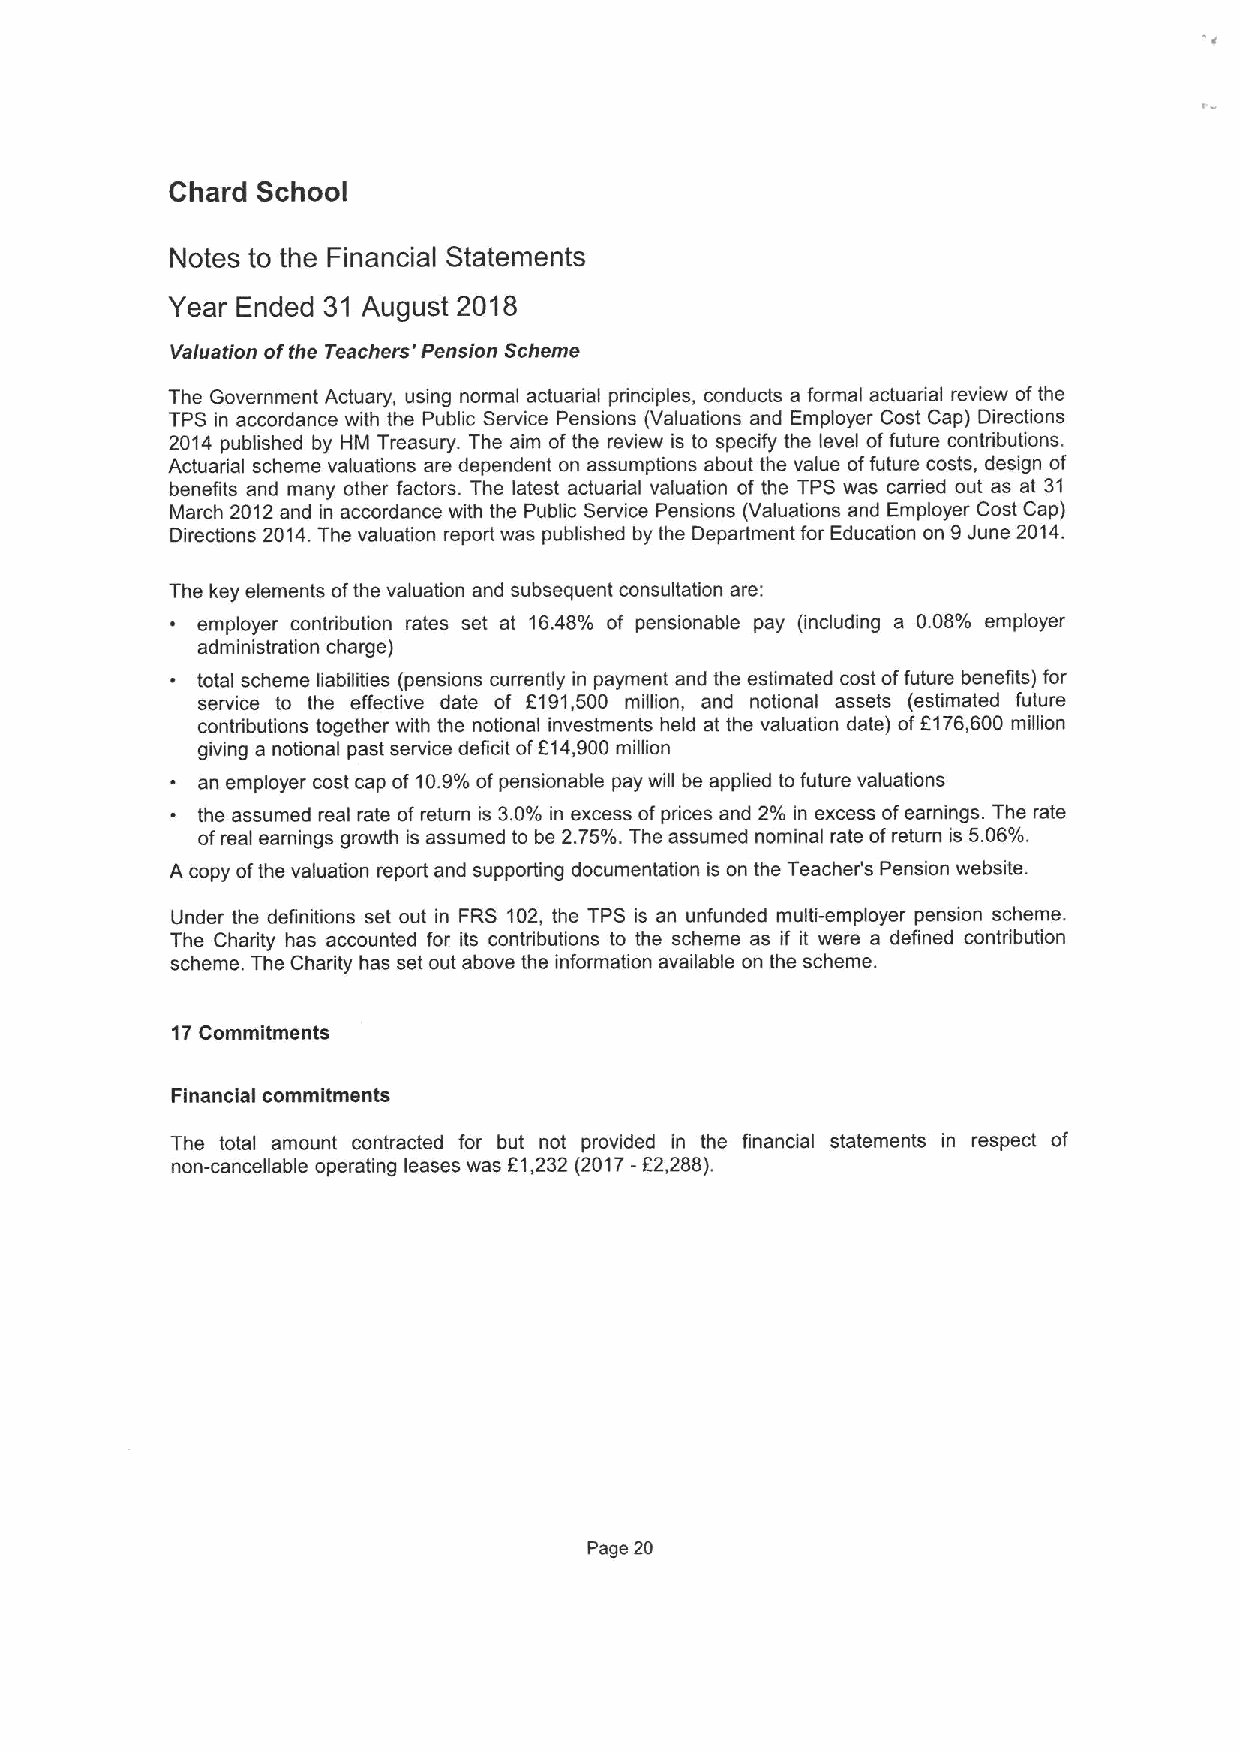
Chard School
 Notes to the Financial Statements
 Year Ended 31 August 2018
 Vaiuation ofthe Teachers' Pension Scheme
 The Government Actuary, using normal actuarial principles, conducts a formal actuarial review ofthe
 TPS in accordance with the Public Service Pensions (Valuations and Employer Cost Cap) Directions
 2014 published by HM Treasury. The aim ofthe review is to specify the level offuture contributions.
 Actuarial scheme valuations are dependent on assumptions about the value offuture costs, design of
 benefits and many other factors. The latest actuarial valuation of the TPS was carried out as at 31
 March 2012and in accordance with the Public Service Pensions (Valuations and Employer Cost Cap)
 Directions 2014.The valuation report was published by the Department for Education on 9June 2014.
 The key elements ofthe valuation and subsequent consultation are:
 ~ employer contribution rates set at 16.48% of pensionable pay (including a 0.08% employer
 administration charge)
 ~ total scheme liabilities (pensions currently in payment and the estimated cost offuture benefits) for
 service to the effective date of 6191,500 million, and notional assets (estimated future
 contributions together with the notional investments held at the valuation date) off176,600 million
 giving a notional past service deficit ofF14,900million
 an employer cost cap of 10.9%ofpensionable pay will be applied to future valuations
 ~ the assumed real rate of return is 3.0% in excess ofprices and 2% in excess ofearnings. The rate
 ofreal earnings growth is assumed to be 2.75%.The assumed nominal rate ofreturn is 5.06%.
 A copy ofthe valuation report and supporting documentation is on the Teacher's Pension website.
 Under the definitions set out in FRS 102, the TPS is an unfunded multi-employer pension scheme.
 The Charity has accounted for its contributions to the scheme as if it were a defined contribution
 scheme. The Charity has set out above the information available on the scheme.
 17Commitments
 Financial commitments
 The total amount contracted for but not provided in the financial statements in respect of
 non-cancellable operating leases was 61,232 (2017-f2,288).
 Page 20